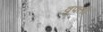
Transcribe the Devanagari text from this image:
वुफ्ली